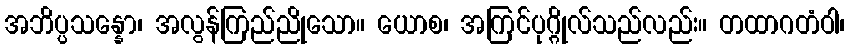
အဘိပ္ပသန္နော၊ အလွန်ကြည်ညိုသော။ ယောစ၊ အကြင်ပုဂ္ဂိုလ်သည်လည်း။ တထာဂတံဝါ၊